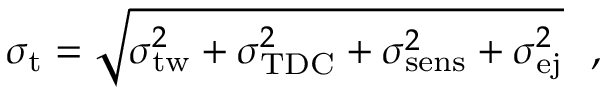
\sigma _ { \mathrm { t } } = \sqrt { \sigma _ { \mathrm { t w } } ^ { 2 } + \sigma _ { \mathrm { T D C } } ^ { 2 } + \sigma _ { \mathrm { s e n s } } ^ { 2 } + \sigma _ { \mathrm { e j } } ^ { 2 } } ~ ~ ,